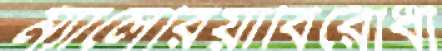
ম্যালেরিয়াবিরোধী